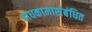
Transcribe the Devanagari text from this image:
बांधकामासंबंधित